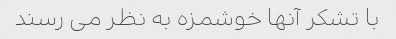
با تشکر آنها خوشمزه به نظر می رسند